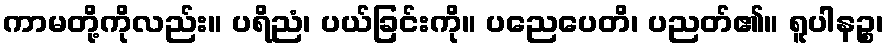
ကာမတို့ကိုလည်း။ ပရိညံ၊ ပယ်ခြင်းကို။ ပညေပေတိ၊ ပညတ်၏။ ရူပါနဉ္စ၊